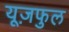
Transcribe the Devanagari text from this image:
यूज़फुल